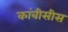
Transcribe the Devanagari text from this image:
कांबीसीस